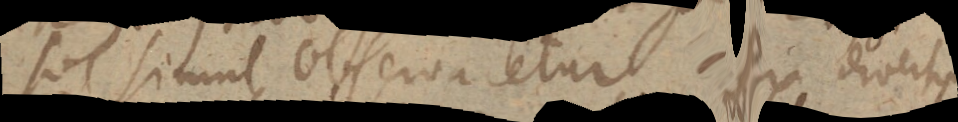
sol simul observaretur ex diversis